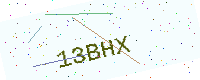
Text: 13BHX